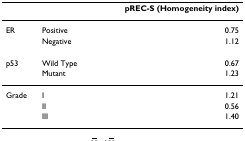
<table><thead><tr><td></td><td></td><td><b>pREC-S (Homogeneity index)</b></td></tr></thead><tbody><tr><td>ER</td><td>Positive</td><td>0.75</td></tr><tr><td></td><td>Negative</td><td>1.12</td></tr><tr><td>p53</td><td>Wild Type</td><td>0.67</td></tr><tr><td></td><td>Mutant</td><td>1.23</td></tr><tr><td>Grade</td><td>I</td><td>1.21</td></tr><tr><td></td><td>II</td><td>0.56</td></tr><tr><td></td><td>III</td><td>1.40</td></tr></tbody></table>